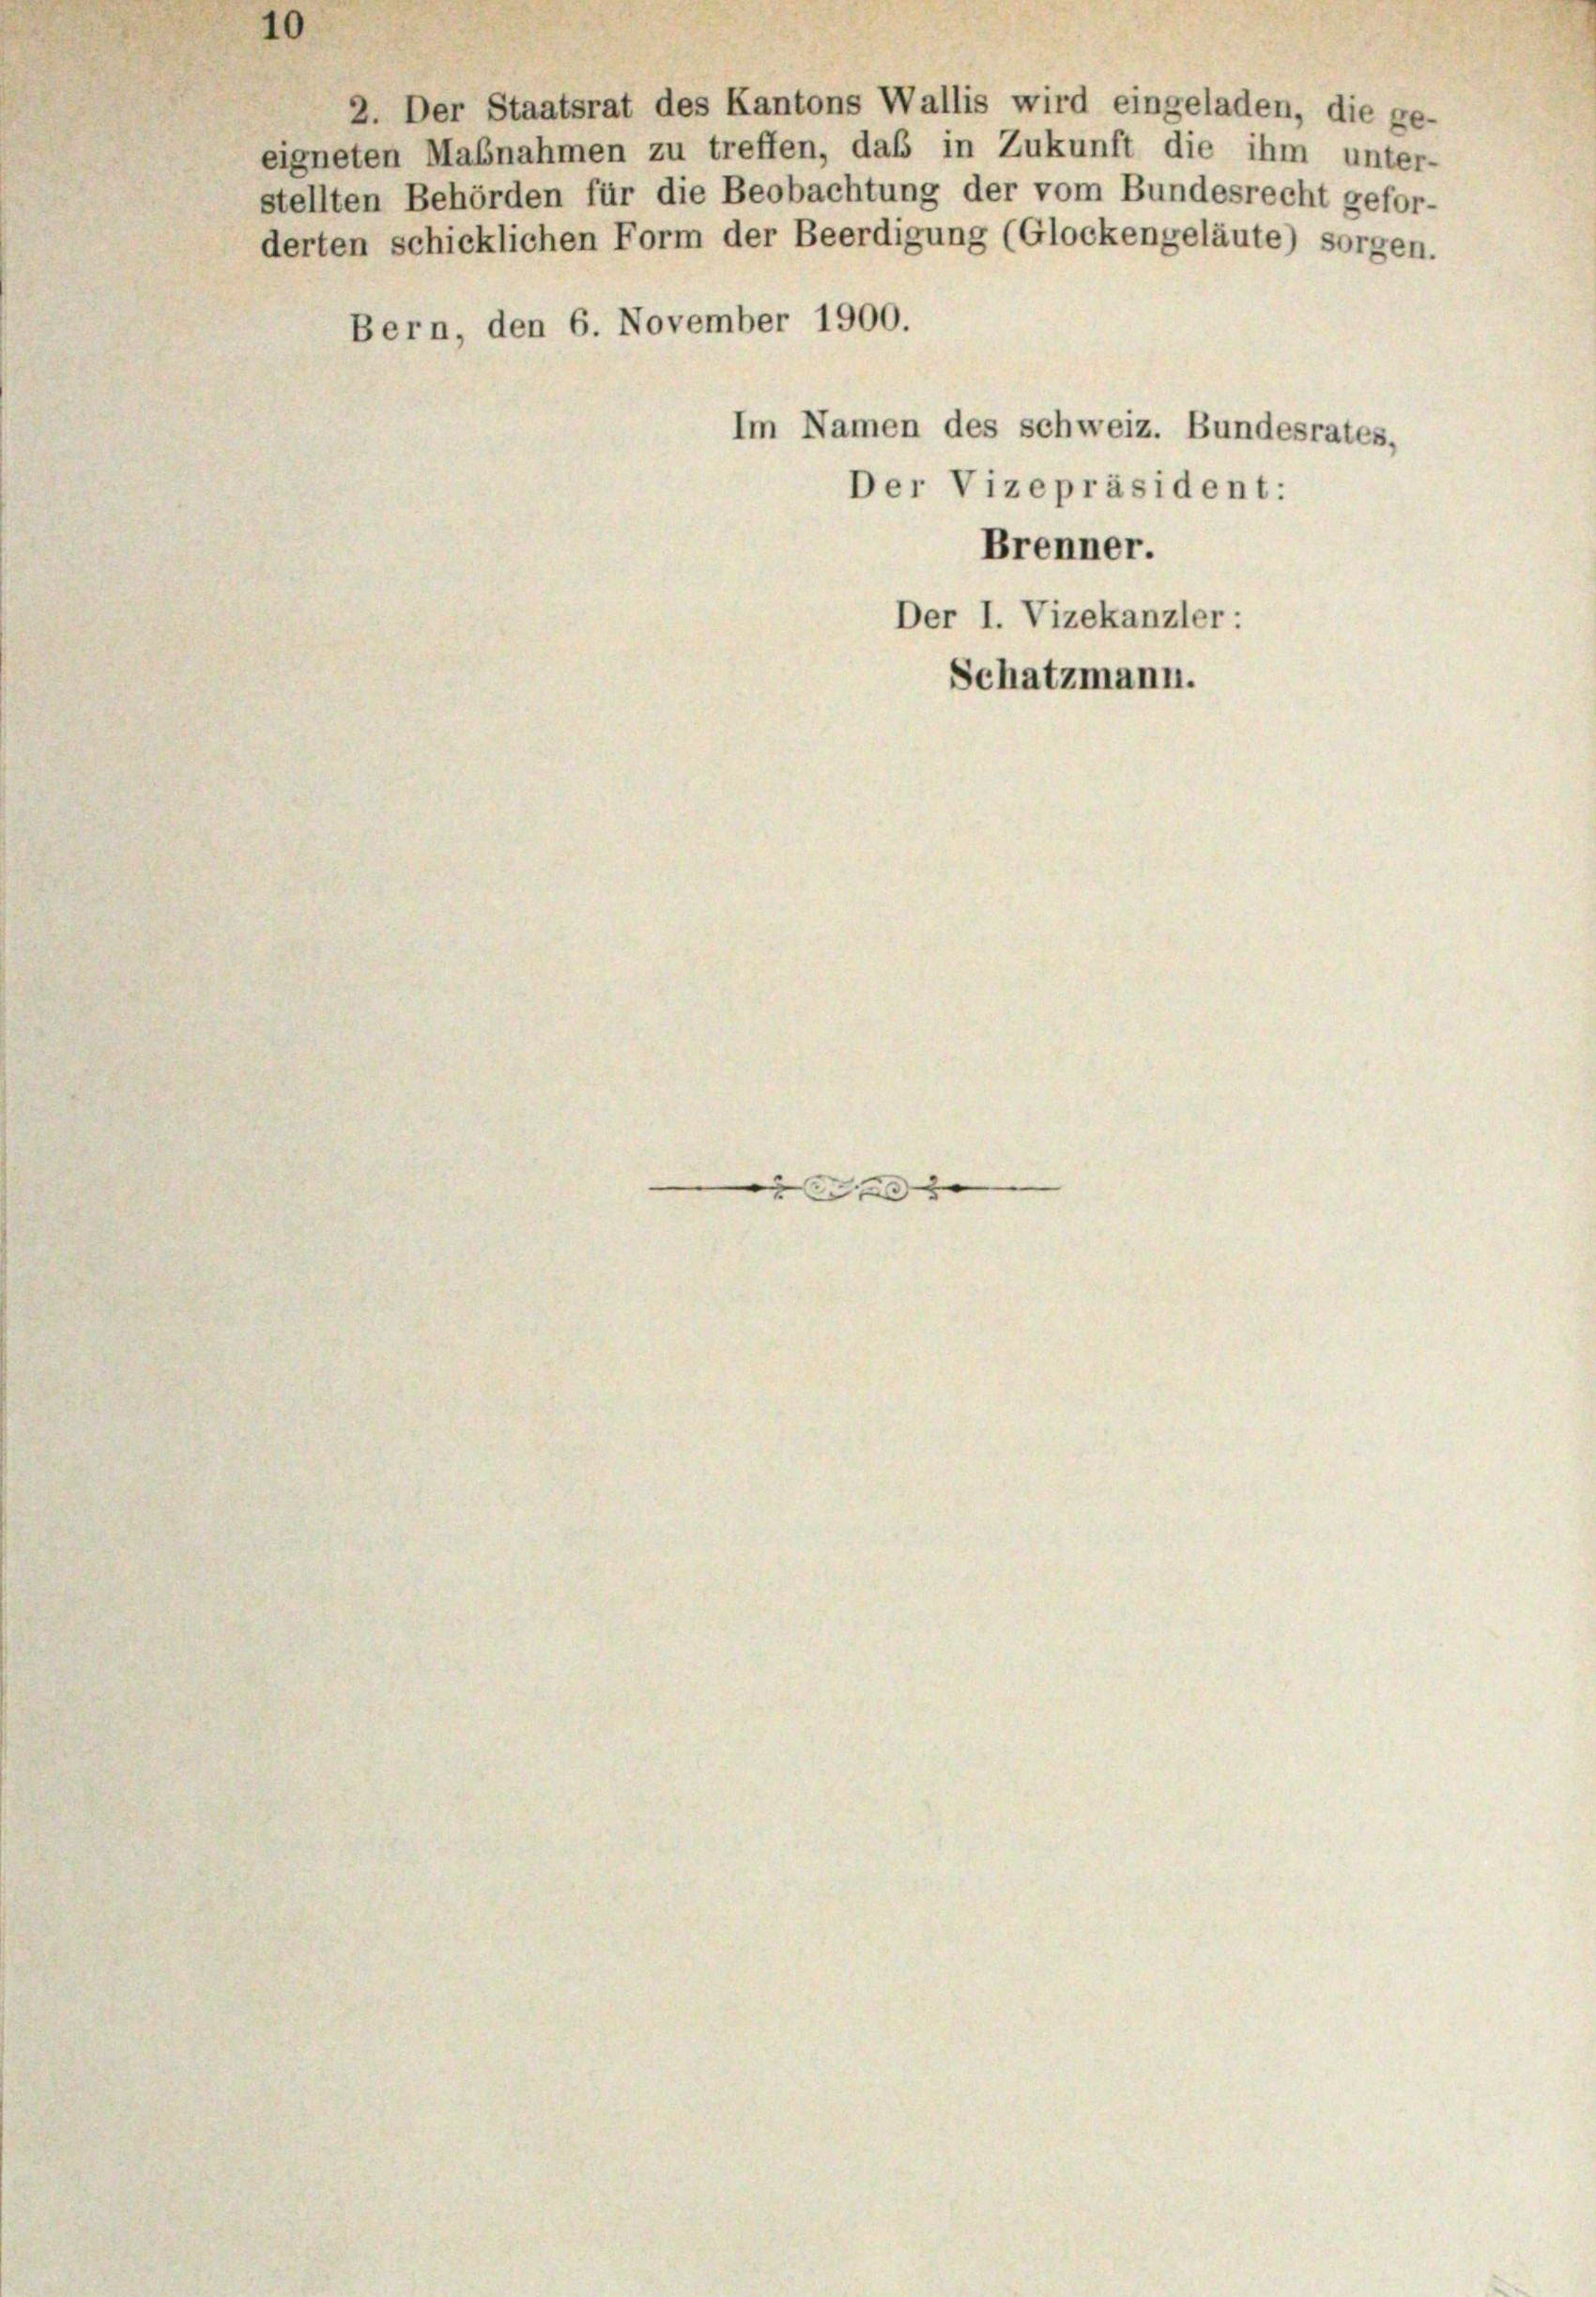
10

Bern, den 6. November 1900.
Im Namen des schweiz. Bundesrates,
Der Vizepräsident:

2. Der Staatsrat des Kantons Wallis wird eingeladen, die ge-
eigneten Maßnahmen zu treffen, daß in Zukunft die ihm unter-
stellten Behörden für die Beobachtung der vom Bundesrecht gefor-
derten schicklichen Form der Beerdigung (Glockengeläute) sorgen.

Brenner.
Der I. Vizekanzler :
Schatzmann.